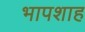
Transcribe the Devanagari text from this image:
भापशाह